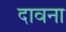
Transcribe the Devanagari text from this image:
दावना